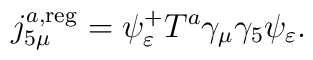
j_{5\mu }^{a,{\rm reg}}=\psi _\varepsilon ^{+}T^a\gamma _\mu \gamma _5\psi_\varepsilon .